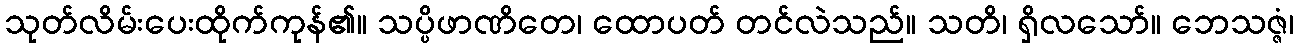
သုတ်လိမ်းပေးထိုက်ကုန်၏။ သပ္ပိဖာဏိတေ၊ ထောပတ် တင်လဲသည်။ သတိ၊ ရှိလသော်။ ဘေသဇ္ဇံ၊